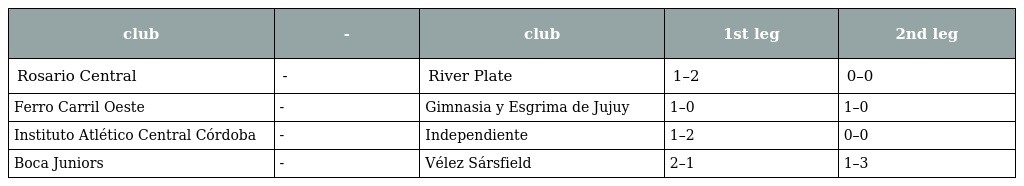
| club | - | club | 1st leg | 2nd leg |
 | --- | --- | --- | --- | --- |
 | Rosario Central | - | River Plate | 1–2 | 0–0 |
 | Ferro Carril Oeste | - | Gimnasia y Esgrima de Jujuy | 1–0 | 1–0 |
 | Instituto Atlético Central Córdoba | - | Independiente | 1–2 | 0–0 |
 | Boca Juniors | - | Vélez Sársfield | 2–1 | 1–3 |